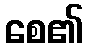
စေ၏